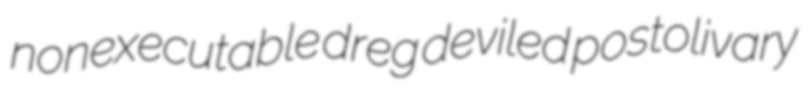
nonexecutable dreg deviled postolivary